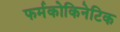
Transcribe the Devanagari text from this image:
फर्मकोकिनेटिक